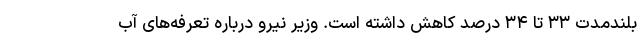
بلندمدت ۳۳ تا ۳۴ درصد کاهش داشته است. وزیر نیرو درباره تعرفه‌های آب